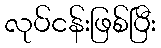
လုပ်ငန်းဖြစ်ပြီး